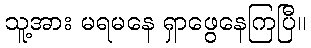
သူ့အား မရမနေ ရှာဖွေနေကြပြီ။